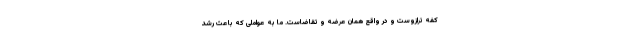
کفه ترازوست و در واقع همان عرضه و تقاضاست. ما به عواملی که باعث رشد